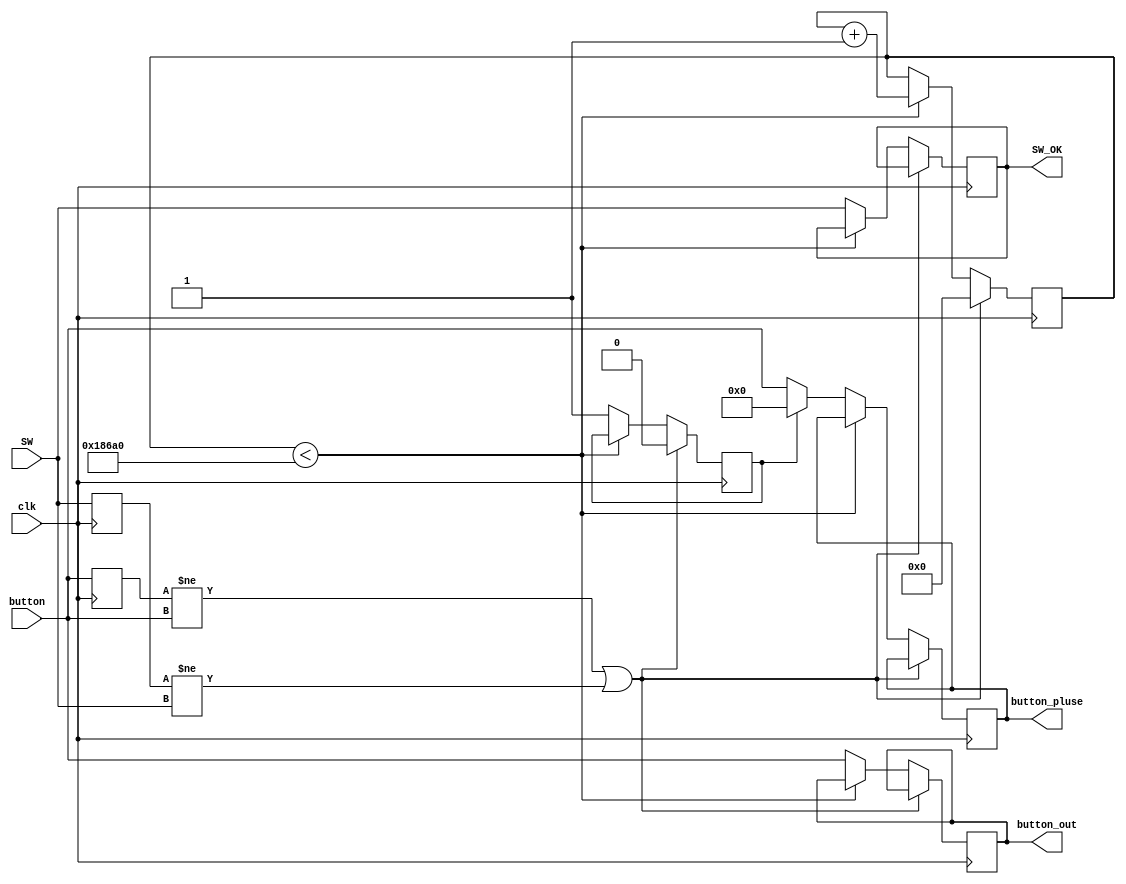
`timescale 1ns / 1ps
//////////////////////////////////////////////////////////////////////////////////
// Company: 
// Engineer: 
// 
// Design Name: 
// Module Name:    Anti_jitter 
// Project Name: 
// Target Devices: 
// Tool versions: 
// Description: 
//
// Dependencies: 
//
// Revision: 
// Revision 0.01 - File Created
// Additional Comments: 
//
//////////////////////////////////////////////////////////////////////////////////
module Anti_jitter(	input wire clk,
							input wire [4:0] button, 
							input wire [7:0] SW,
							output reg [4:0]button_out, 
							output reg [4:0]button_pluse, 
							output reg [7:0] SW_OK
							);

	reg [31:0] counter; 
	reg [4:0] btn_temp; 
	reg [7:0] sw_temp; 
	reg pluse;
	
	always @(posedge clk) begin
		btn_temp <= button;
		sw_temp <= SW;
		if(btn_temp !=button || sw_temp !=SW) begin
			counter <= 32'h00000000; 
			pluse <= 0;
			end
		else if(counter<100000)
			counter<=counter+1;
			else begin 
			button_out<=button; 
			pluse <= 1; 
			if(!pluse)
				button_pluse <= button; 
			else button_pluse <= 0; 
			SW_OK <= SW;
			end
	end

endmodule